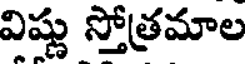
విష్ణు స్తోత్రమాల